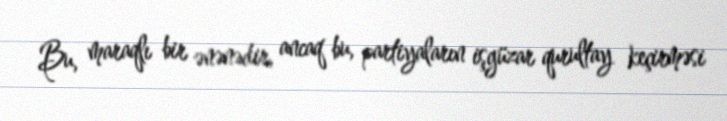
Bu, maraqlı bir ənənədir, ancaq bu, partiyaların işgüzar qurultay keçirməsi